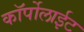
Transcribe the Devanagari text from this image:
कॉर्पोलाईट